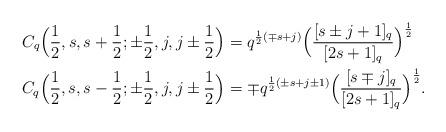
LaTeX: \begin{align*}C_q\Big(\frac{1}{2},s,s+\frac{1}{2}; \pm\frac{1}{2},j,j\pm\frac{1}{2}\Big) &= q^{\frac{1}{2}(\mp s+j)}\Big(\frac{[s\pm j+1]_q}{[2s+1]_q}\Big)^{\frac{1}{2}}\\C_q\Big(\frac{1}{2},s,s-\frac{1}{2}; \pm\frac{1}{2},j,j\pm\frac{1}{2}\Big) &= \mp q^{\frac{1}{2}(\pm s+j\pm1)}\Big(\frac{[s\mp j]_q}{[2s+1]_q}\Big)^{\frac{1}{2}}.\end{align*}